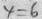
y = 6